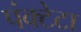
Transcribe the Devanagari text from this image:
पंक्टेटा